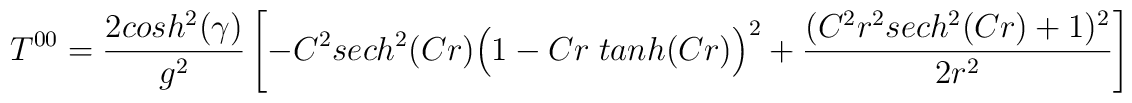
T^{00} = {2 cosh ^2 (\gamma) \over g^2} \left[ - C^2 sech ^2 (C r)\Big( 1 - C r \; tanh(C r) \Big) ^2 + {(C^2 r^2 sech ^2 (C r) + 1)^2\over 2 r^2} \right]